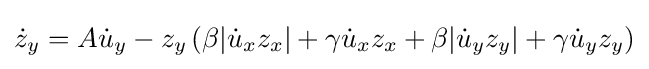
{\dot {z}}_{y}=A{\dot {u}}_{y}-z_{y}\left(\beta |{\dot {u}}_{x}z_{x}|+\gamma {\dot {u}}_{x}z_{x}+\beta |{\dot {u}}_{y}z_{y}|+\gamma {\dot {u}}_{y}z_{y}\right)